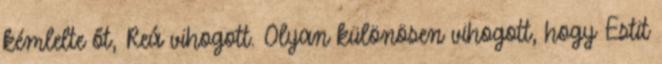
kémlelte őt, Reá vihogott. Olyan különösen vihogott, hogy Estit